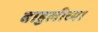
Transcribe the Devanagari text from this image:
बाहुलीच्या